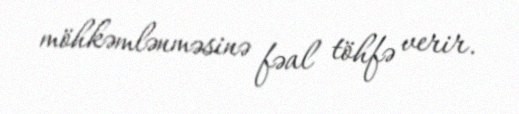
möhkəmlənməsinə fəal töhfə verir.